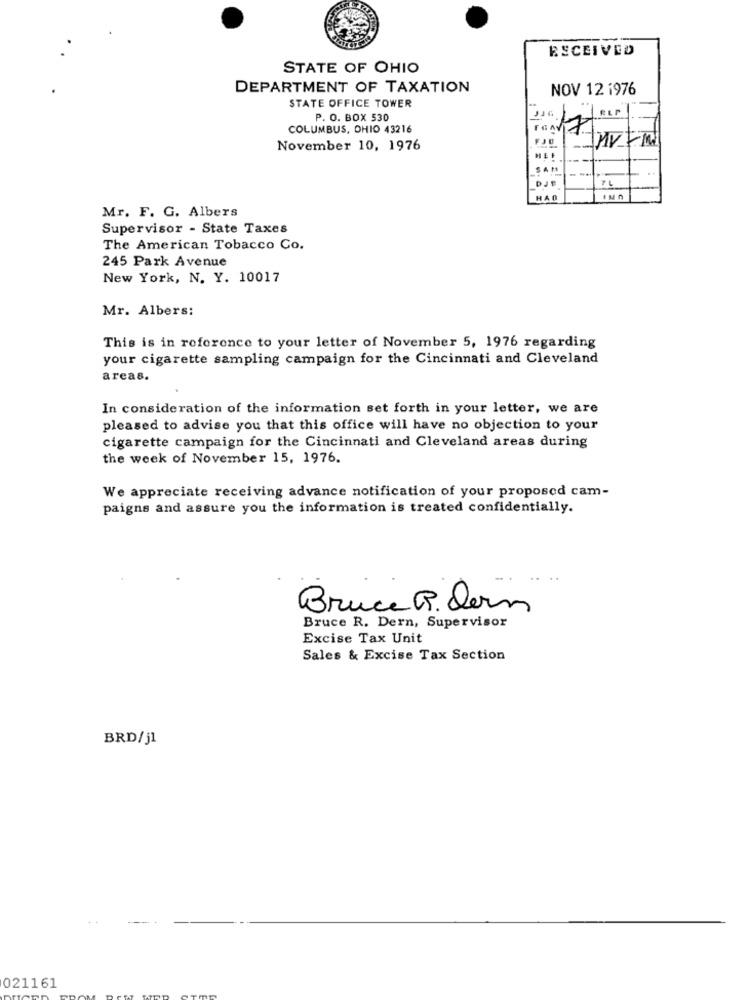
ESCEIVED
STATE OF OHIO
DEPARTMENT OF TAXATION
NOV 12 1976
STATE OFFICE TOWER
P. O. BOX 530
COLUMBUS, OHIO 43216
FJO
November 10, 1976
--
SAM
26
-
HAO
Mr. F. G. Albers
Supervisor - State Taxes
The American Tobacco Co.
245 Park Avenue
New York, N. Y. 10017
Mr. Albers:
This is in reference to your letter of November 5, 1976 regarding
your cigarette sampling campaign for the Cincinnati and Cleveland
areas.
In consideration of the information set forth in your letter, we are
pleased to advise you that this office will have no objection to your
cigarette campaign for the Cincinnati and Cleveland areas during
the week of November 15, 1976.
We appreciate receiving advance notification of your proposed cam-
paigns and assure you the information is treated confidentially.
Bruce R. dern
Bruce R. Dern, Supervisor
Excise Tax Unit
Sales & Excise Tax Section
BRD/jl
021161